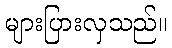
များပြားလှသည်။